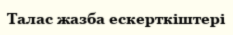
Талас жазба ескерткіштері